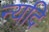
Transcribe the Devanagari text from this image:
न्यदि